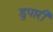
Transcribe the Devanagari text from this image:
डुपारी